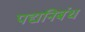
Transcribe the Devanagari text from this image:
पद्यनिबंध